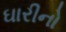
ઘારીનો